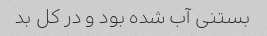
بستنی آب شده بود و در کل بد